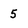
Character: 5